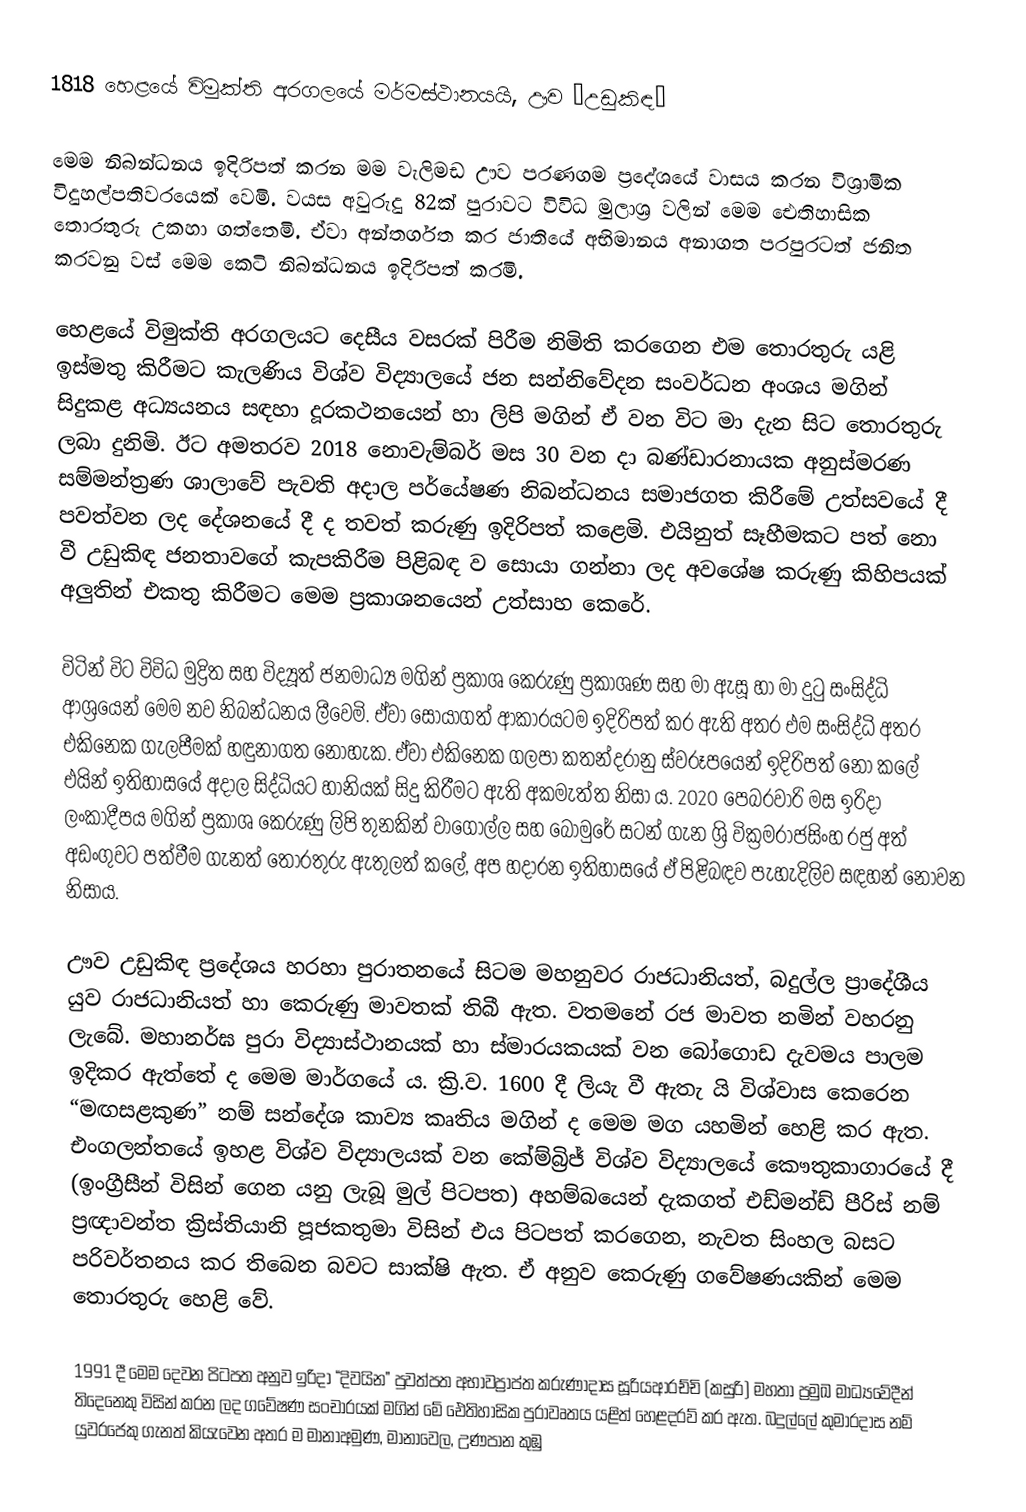
1818 හෙළයේ විමුක්ති අරගලයේ මර්මස්ථානයයි, ඌව “උඩුකිඳ”

මෙම නිබන්ධනය ඉදිරිපත් කරන මම වැලිමඩ ඌව පරණගම ප්‍රදේශයේ වාසය කරන විශ්‍රාමික විදුහල්පතිවරයෙක් වෙමි. වයස අවුරුදු 82ක් පුරාවට විවිධ මුලාශ්‍ර වලින් මෙම ඓතිහාසික තොරතුරු උකහා ගත්තෙමි. ඒවා අන්තර්ගත කර ජාතියේ අභිමානය අනාගත පරපුරටත් ජනිත කරවනු වස් මෙම කෙටි නිබන්ධනය ඉදිරිපත් කරමි.

හෙළයේ විමුක්ති අරගලයට දෙසීය වසරක් පිරීම නිමිති කරගෙන එම තොරතුරු යළි ඉස්මතු කිරීමට කැලණිය විශ්ව විද්‍යාලයේ ජන සන්නිවේදන සංවර්ධන අංශය මගින් සිදුකළ අධ්‍යයනය සඳහා දූරකථනයෙන් හා ලිපි මගින් ඒ වන විට මා දැන සිට තොරතුරු ලබා දුනිමි. ඊට අමතරව 2018 නොවැම්බර් මස 30 වන දා බණ්ඩාරනායක අනුස්මරණ සම්මන්ත්‍රණ ශාලාවේ පැවති අදාල පර්යේෂණ නිබන්ධනය සමාජගත කිරීමේ උත්සවයේ දී පවත්වන ලද දේශනයේ දී ද තවත් කරුණු ඉදිරිපත් කළෙමි. එයිනුත් සෑහීමකට පත් නො වී උඩුකිඳ ජනතාවගේ කැපකිරීම පිළිබඳ ව සොයා ගන්නා ලද අවශේෂ කරුණු කිහිපයක් අලුතින් එකතු කිරීමට මෙම ප්‍රකාශනයෙන් උත්සාහ කෙරේ.

විටින් විට විවිධ මුද්‍රිත සහ විද්‍යූත් ජනමාධ්‍ය මගින් ප්‍රකාශ කෙරුණු ප්‍රකාශණ සහ මා ඇසූ හා මා දුටු සංසිද්ධි ආශ්‍රයෙන් මෙම නව නිබන්ධනය ලීවෙමි. ඒවා සොයාගත් ආකාරයටම ඉදිරිපත් කර ඇති අතර එම සංසිද්ධි අතර එකිනෙක ගැලපීමක් හඳුනාගත නොහැක. ඒවා එකිනෙක ගලපා කතන්දරානු ස්වරූපයෙන් ඉදිරිපත් නො කලේ එයින් ඉතිහාසයේ අදාල සිද්ධියට හානියක් සිදු කිරීමට ඇති අකමැත්ත නිසා ය. 2020 පෙබරවාරි මස ඉරිදා ලංකාදීපය මගින් ප්‍රකාශ කෙරුණු ලිපි තුනකින් වාගොල්ල සහ බෝමුරේ සටන් ගැන ශ්‍රි වික්‍රමරාජසිංහ රජු අත් අඩංගුවට පත්වීම ගැනත් තොරතුරු ඇතුලත් කලේ, අප හදාරන ඉතිහාසයේ ඒ පිළිබඳව පැහැදිලිව සඳහන් නොවන නිසාය.

ඌව උඩුකිඳ ප්‍රදේශය හරහා පුරාතනයේ සිටම මහනුවර රාජධානියත්, බදුල්ල ප්‍රාදේශීය යුව රාජධානියත් හා කෙරුණු මාවතක් තිබී ඇත. වතමනේ රජ මාවත නමින් වහරනු ලැබේ. මහානර්ඝ පුරා විද්‍යාස්ථානයක් හා ස්මාරයකයක් වන බෝගොඩ දැවමය පාලම ඉදිකර ඇත්තේ ද මෙම මාර්ගයේ ය. ක්‍රි.ව. 1600 දී ලියැ වී ඇතැ යි විශ්වාස කෙරෙන “මඟසළකුණ” නම් සන්දේශ කාව්‍ය කෘතිය මගින් ද මෙම මග යහමින් හෙළි කර ඇත. එංගලන්තයේ ඉහළ විශ්ව විද්‍යාලයක් වන කේම්බ්‍රිජ් විශ්ව විද්‍යාලයේ කෞතුකාගාරයේ දී (ඉංග්‍රීසීන් විසින් ගෙන යනු ලැබූ මුල් පිටපත) අහම්බයෙන් දැකගත් එඩ්මන්ඩ් පීරිස් නම් ප්‍රඥාවන්ත ක්‍රිස්තියානි පූජකතුමා විසින් එය පිටපත් කරගෙන, නැවත සිංහල බසට පරිවර්තනය කර තිබෙන බවට සාක්ෂි ඇත. ඒ අනුව කෙරුණු ගවේෂණයකින් මෙම තොරතුරු හෙළි වේ.

1991 දී මෙම දෙවන පිටපත අනුව ඉරිදා “දිවයින” පුවත්පත අභාවප්‍රාප්ත කරුණාදාස සූරියආරච්චි (කසුරි) මහතා ප්‍රමුඛ මාධ්‍යවේදීන් තිදෙනෙකු විසින් කරන ලද ගවේෂණ සංචාරයක් මගින් මේ ඓතිහාසික පුරාවෘතය යළිත් හෙළදරව් කර ඇත. බදුල්ලේ කුමාරදාස නම් යුවරජෙකු ගැනත් කියැවෙන අතර ම මානාඅමුණ, මානාවෙල, උණපාන කුඹු